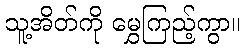
သူ့အိတ်ကို မွှေကြည့်ကွာ။